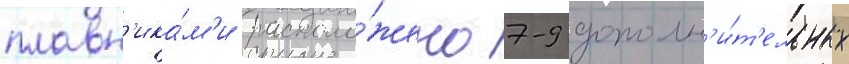
плавн'ика́м'и располо́жено 7-9 дополн'и́т'ельных